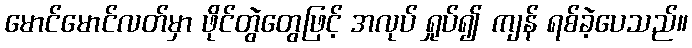
မောင်မောင်လတ်မှာ ဖိုင်တွဲတွေဖြင့် အလုပ် ရှုပ်၍ ကျန် ရစ်ခဲ့ပေသည်။